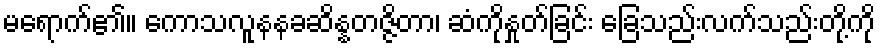
မရောက်၏။ ကောသလူနနခဆိန္နတဇ္ဇိတာ၊ ဆံကိုနှုတ်ခြင်း ခြေသည်းလက်သည်းတို့ကို